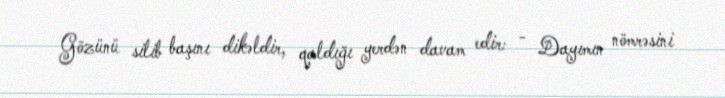
Gözünü silib başını dikəldir, qaldığı yerdən davam edir: - Dayımın nömrəsini